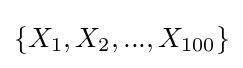
\{X_{1},X_{2},...,X_{100}\}